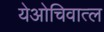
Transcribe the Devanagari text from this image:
येओचिवात्ल